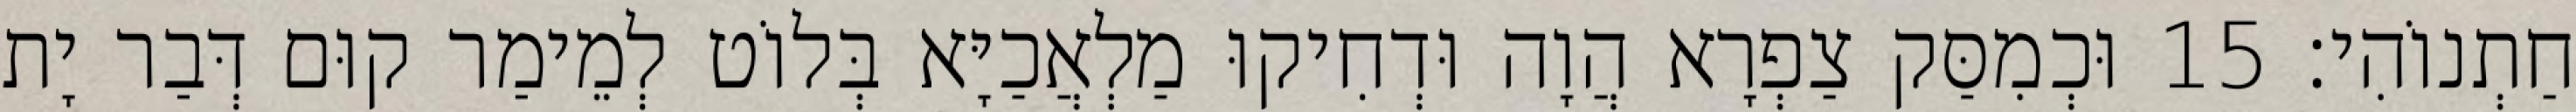
חַתְנוֹהִי׃ 15 וּכְמִסַּק צַפְרָא הֲוָה וּדְחִיקוּ מַלְאֲכַיָּא בְּלוֹט לְמֵימַר קוּם דְּבַר יָת